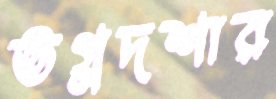
ভগ্নদশার